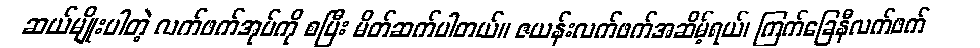
ဆယ်မျိုးပါတဲ့ လက်ဖက်အုပ်ကို စပြီး မိတ်ဆက်ပါတယ်။ ဇယန်းလက်ဖက်အဆိမ့်ရယ်၊ ကြက်ခြေနီလက်ဖက်